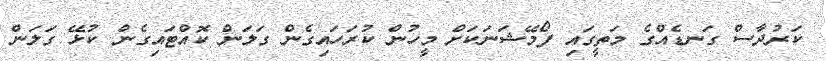
ކަރުދާސް ގަނޑެއްގެ މަތީގައި ފޯމޭޝަނަކަށް މީހުން ކުރަހައިގެން ގަލަން ކޮއްޓައިގެން ކުޅޭ ގަލަން